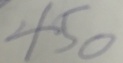
4 5 0